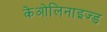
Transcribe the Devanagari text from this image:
केओलिनाइज्ड